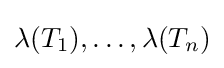
\lambda (T_{1}),\ldots ,\lambda (T_{n})